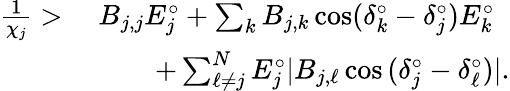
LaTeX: \begin{array}{rl}{\frac{1}{\chi_{j}}>\; }&{B_{j,j}E_{j}^{\circ}+\sum_{k}B_{j,k}\cos(\delta_{k}^{\circ}-\delta_{j}^{\circ})E_{k}^{\circ}}\\ &{\qquad+\sum_{\ell\neq j}^{N}E_{j}^{\circ}|B_{j,\ell}\cos{(\delta_{j}^{\circ}-\delta_{\ell}^{\circ})}|.}\end{array}